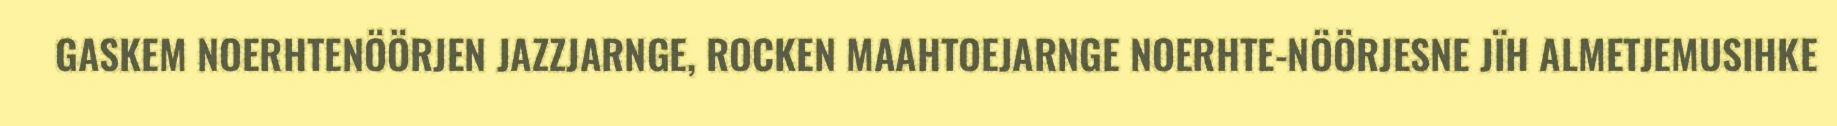
GASKEM NOERHTENÖÖRJEN JAZZJARNGE, ROCKEN MAAHTOEJARNGE NOERHTE-NÖÖRJESNE JÏH ALMETJEMUSIHKE